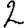
Digit: 2